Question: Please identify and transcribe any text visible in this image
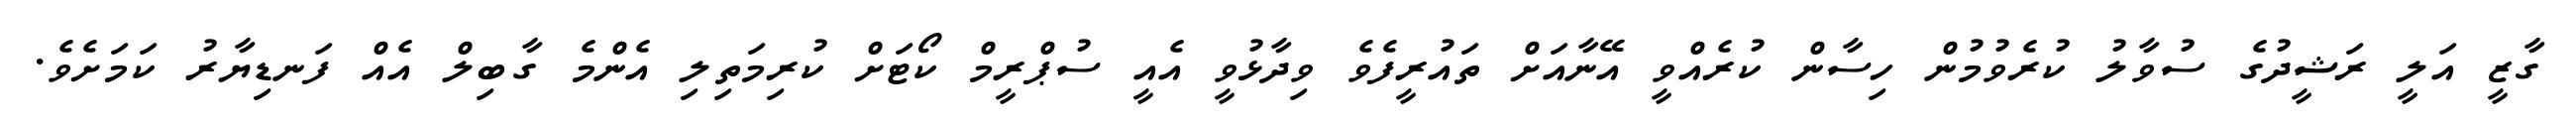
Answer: ގާޒީ އަލީ ރަޝީދުގެ ސުވާލު ކުރެވުމުން ހިސާން ކުރެއްވީ އޭނާއަށް ތައުރީފެވެ ވިދާޅުވީ އެއީ ސުޕްރީމް ކޯޓަށް ކުރިމަތިލި އެންމެ ގާބިލް އެއް ފަނޑިޔާރު ކަމަށެވެ.